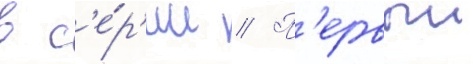
в с'е́р'ии // П'ервыи